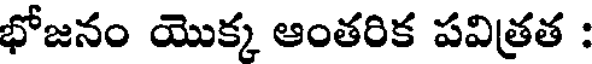
భోజనం యొక్క ఆంతరిక పవిత్రత :